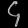
Digit: ၄